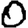
Digit: 0